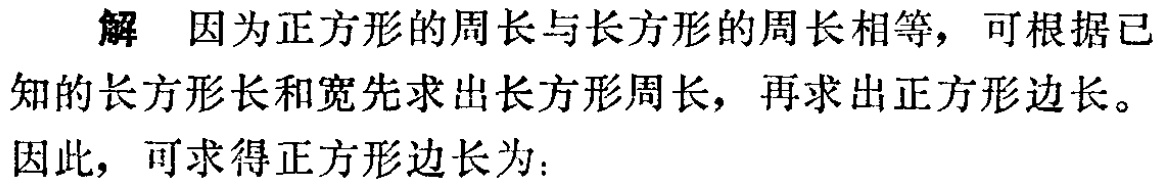
解 因为正方形的周长与长方形的周长相等，可根据已知的长方形长和宽先求出长方形周长，再求出正方形边长。

因此，可求得正方形边长为：